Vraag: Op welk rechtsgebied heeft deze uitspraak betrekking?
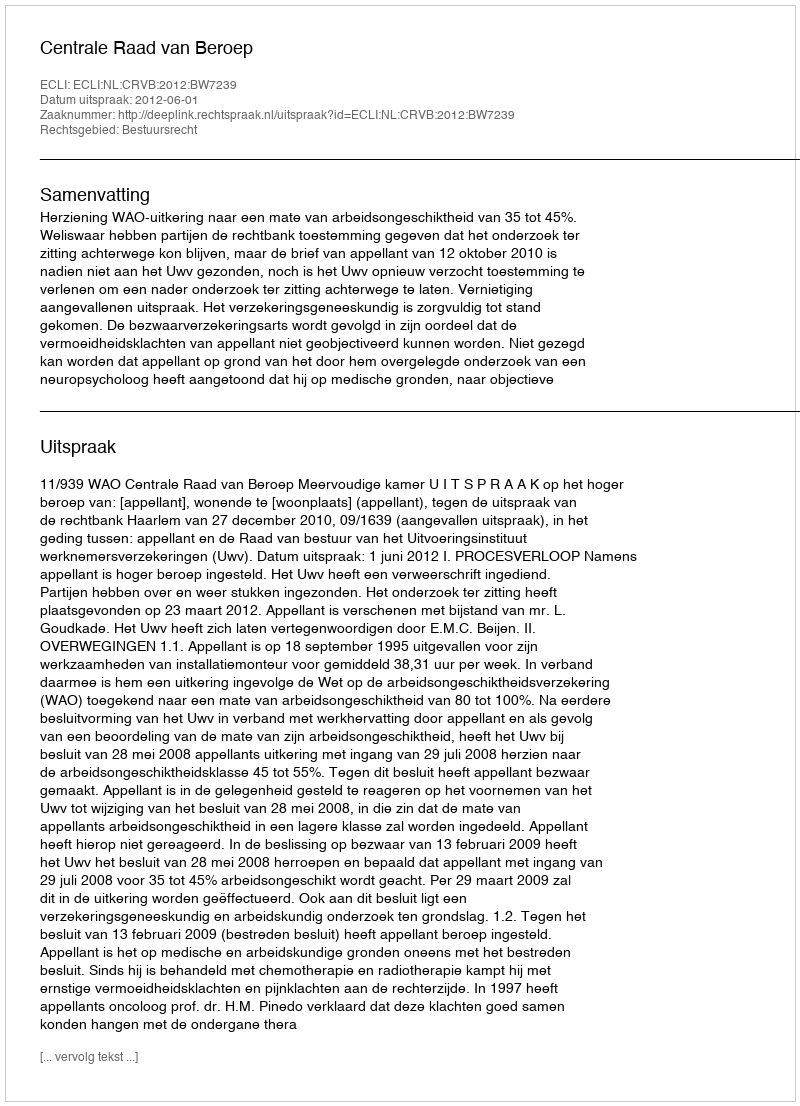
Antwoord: Bestuursrecht